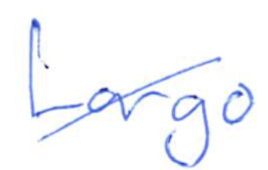
Text: Largo
Cross-out: diagonal
Writing tool: ballpoint